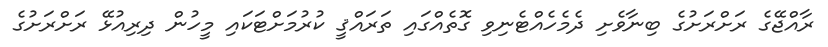
ރާއްޖޭގެ ރަށްރަށުގެ ބިނާވެށި ދެމެހެއްޓެނިވި ގޮތެއްގައި ތަރައްޤީ ކުރުމަށްޓަކައި މީހުން ދިރިއުޅޭ ރަށްރަށުގެ